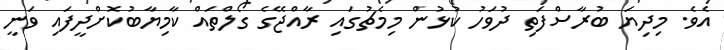
އެވެ. މިދިޔަ ބުރާސްފަތި ދުވަހު ކުޅުން މިމެޗުގައި ރާއްޖޭގެ ގޯލްތައް ކާމިޔާބުކޮށްދީފައި ވަނީ